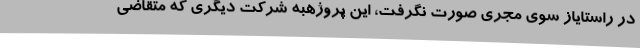
در راستایاز سوی مجری صورت نگرفت، این پروژهبه شرکت دیگری که متقاضی